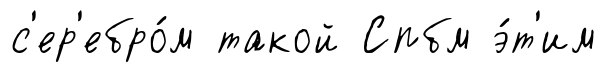
с'ер'ебро́м такой Спбм э́т'им